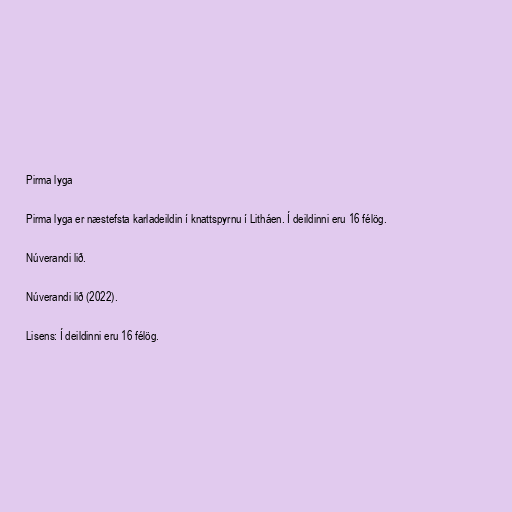
Pirma lyga

Pirma lyga er næstefsta karladeildin í knattspyrnu í Litháen. Í deildinni eru 16 félög.

Núverandi lið.

Núverandi lið (2022).

Lisens: Í deildinni eru 16 félög.